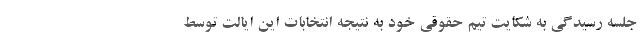
جلسه رسیدگی به شکایت تیم حقوقی خود به نتیجه انتخابات این ایالت توسط